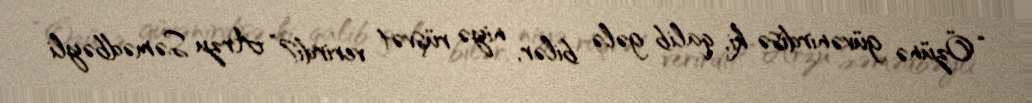
“Özünə güvənirdisə ki, qalib gələ bilər, niyə rüşvət verirdi?” Arzu Səmədbəyli